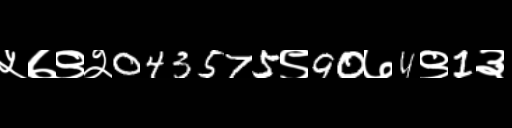
Text: ५७९२043575९90७4९1३